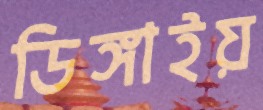
ডিঙ্গাইয়